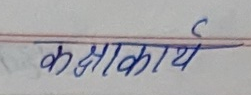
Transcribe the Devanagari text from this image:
कक्षाकार्य